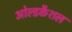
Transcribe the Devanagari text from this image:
ओल्डकैशल